Report of the Indian Hemp Drugs Commission, 1894-1895 - Volume IV
Year: 1894
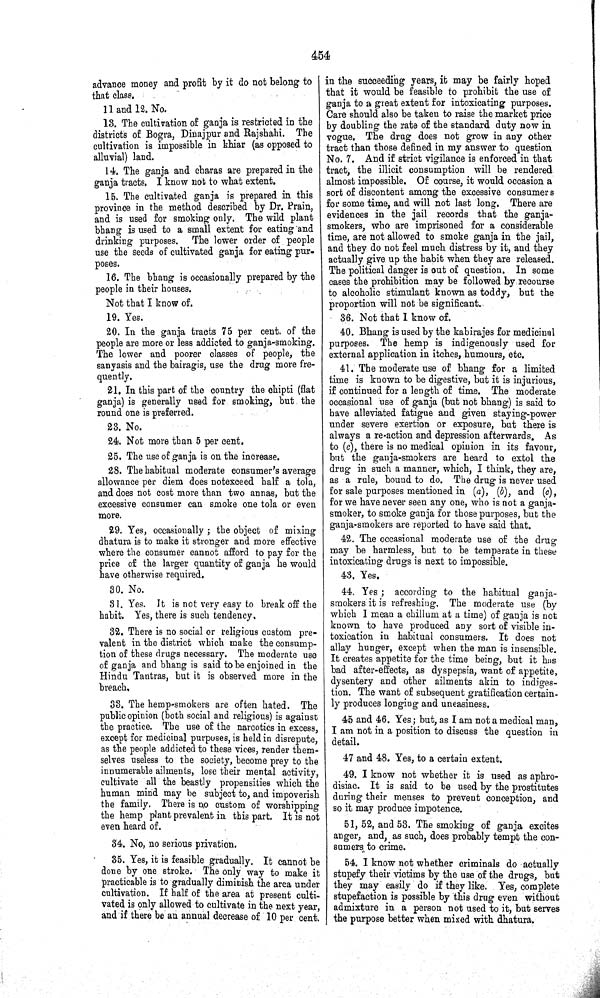
454
advance money and profit by it do not belong to
that class.
11 and 12. No.
13. The cultivation of ganja is restricted in the
districts of Bogra, Dinajpur and Rajshahi. The
cultivation is impossible in khiar (as opposed to
alluvial) land.
14. The ganja and charas are prepared in the
ganja tracts. I know not to what extent.
15. The cultivated ganja is prepared in this
province in the method described by Dr. Prain,
and is used for smoking only. The wild plant
bhang is used to a small extent for eating and
drinking purposes. The lower order of people
use the seeds of cultivated ganja for eating pur-
poses.
16. The bhang is occasionally prepared by the
people in their houses.
Not that I know of.
19. Yes.
20. In the ganja tracts 75 per cent. of the
people are more or less addicted to ganja-smoking.
The lower and poorer classes of people, the
sanyasis and the bairagis, use the drug more fre-
quently.
21. In this part of the country the chipti (flat
ganja) is generally used for smoking, but the
round one is preferred.
23. No.
24. Not more than 5 per cent.
25. The use of ganja is on the increase.
28. The habitual moderate consumer's average
allowance per diem does notexceed half a tola,
and does not cost more than two annas, but the
excessive consumer can smoke one tola or even
more.
29. Yes, occasionally; the object of mixing
dhatura is to make it stronger and more effective
where the consumer cannot afford to pay for the
price of the larger quantity of ganja he would
have otherwise required.
30. No.
31. Yes. It is not very easy to break off the
habit. Yes, there is such tendency.
32. There is no social or religious custom pre-
valent in the district which make the consump-
tion of these drugs necessary. The moderate use
of ganja and bhang is said to be enjoined in the
Hindu Tantras, but it is observed more in the
breach.
33. The hemp-smokers are often hated. The
public opinion (both social and religious) is against
the practice. The use of the narcotics in excess,
except for medicinal purposes, is held in disrepute,
as the people addicted to these vices, render them-
selves useless to the society, become prey to the
innumerable ailments, lose their mental activity,
cultivate all the beastly propensities which the
human mind may be subject to, and impoverish
the family. There is no custom of worshipping
the hemp plant prevalent in this part. It is not
even heard of.
34. No, no serious privation.
35. Yes, it is feasible gradually. It cannot be
done by one stroke. The only way to make it
practicable is to gradually diminish the area under
cultivation. If half of the area at present culti-
vated is only allowed to cultivate in the next year,
and if there be an annual decrease of 10 per cent.
in the succeeding years, it may be fairly hoped
that it would be feasible to prohibit the use of
ganja to a great extent for intoxicating purposes.
Care should also be taken to raise the market price
by doubling the rate of the standard duty now in
vogue. The drug does not grow in any other
tract than those defined in my answer to question
No. 7. And if strict vigilance is enforced in that
tract, the illicit consumption will be rendered
almost impossible. Of course, it would occasion a
sort of discontent among the excessive consumers
for some time, and will not last long. There are
evidences in the jail records that the ganja-
smokers, who are imprisoned for a considerable
time, are not allowed to smoke ganja in the jail,
and they do not feel much distress by it, and they
actually give up the habit when they are released.
The political danger is out of question. In some
cases the prohibition may be followed by recourse
to alcoholic stimulant known as toddy, but the
proportion will not be significant.
36. Not that I know of.
40. Bhang is used by the kabirajes for medicinal
purposes. The hemp is indigenously used for
external application in itches, humours, etc.
41. The moderate use of bhang for a limited
time is known to be digestive, but it is injurious,
if continued for a length of time. The moderate
occasional use of ganja (but not bhang) is said to
have alleviated fatigue and given staying-power
under severe exertion or exposure, but there is
always a re-action and depression afterwards. As
to (c), there is no medical opinion in its favour,
but the ganja-smokers are heard to extol the
drug in such a manner, which, I think, they are,
as a rule, bound to do. The drug is never used
for sale purposes mentioned in (a), (b), and (c),
for we have never seen any one, who is not a ganja-
smoker, to smoke ganja for those purposes, but the
ganja-smokers are reported to have said that.
42. The occasional moderate use of the drug
may be harmless, but to be temperate in these
intoxicating drugs is next to impossible.
43. Yes.
44. Yes; according to the habitual ganja-
smokers it is refreshing. The moderate use (by
which I mean a chillum at a time) of ganja is not
known to have produced any sort of visible in-
toxication in habitual consumers. It does not
allay hunger, except when the man is insensible.
It creates appetite for the time being, but it has
bad after-effects, as dyspepsia, want of appetite,
dysentery and other ailments akin to indiges-
tion. The want of subsequent gratification certain-
ly produces longing and uneasiness.
45 and 46. Yes; but, as I am not a medical man,
I am not in a position to discuss the question in
detail.
47 and 48. Yes, to a certain extent.
49. I know not whether it is used as aphro-
disiac. It is said to be used by the prostitutes
during their menses to prevent conception, and
so it may produce impotence.
51, 52, and 53. The smoking of ganja excites
anger, and, as such, does probably tempt the con-
sumers to crime.
54. I know not whether criminals do actually
stupefy their victims by the use of the drugs, but
they may easily do if they like. Yes, complete
stupefaction is possible by this drug even without
admixture in a person not used to it, but serves
the purpose better when mixed with dhatura.